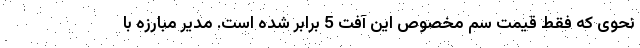
نحوی که فقط قیمت سم مخصوص این آفت 5 برابر شده است. مدیر مبارزه با